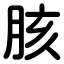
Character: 胲